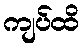
ကျပ်ထိ